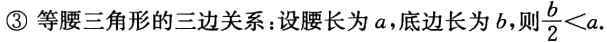
\textcircled{3} 等腰三角形的三边关系：设腰长为\(a\)，底边长为\(b\)，则\(\frac{b}{2}<a\)。